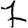
Digit: 7